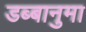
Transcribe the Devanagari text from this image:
डब्बानुमा